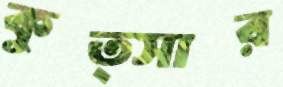
কুত্সার